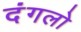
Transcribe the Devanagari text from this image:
दंगलो